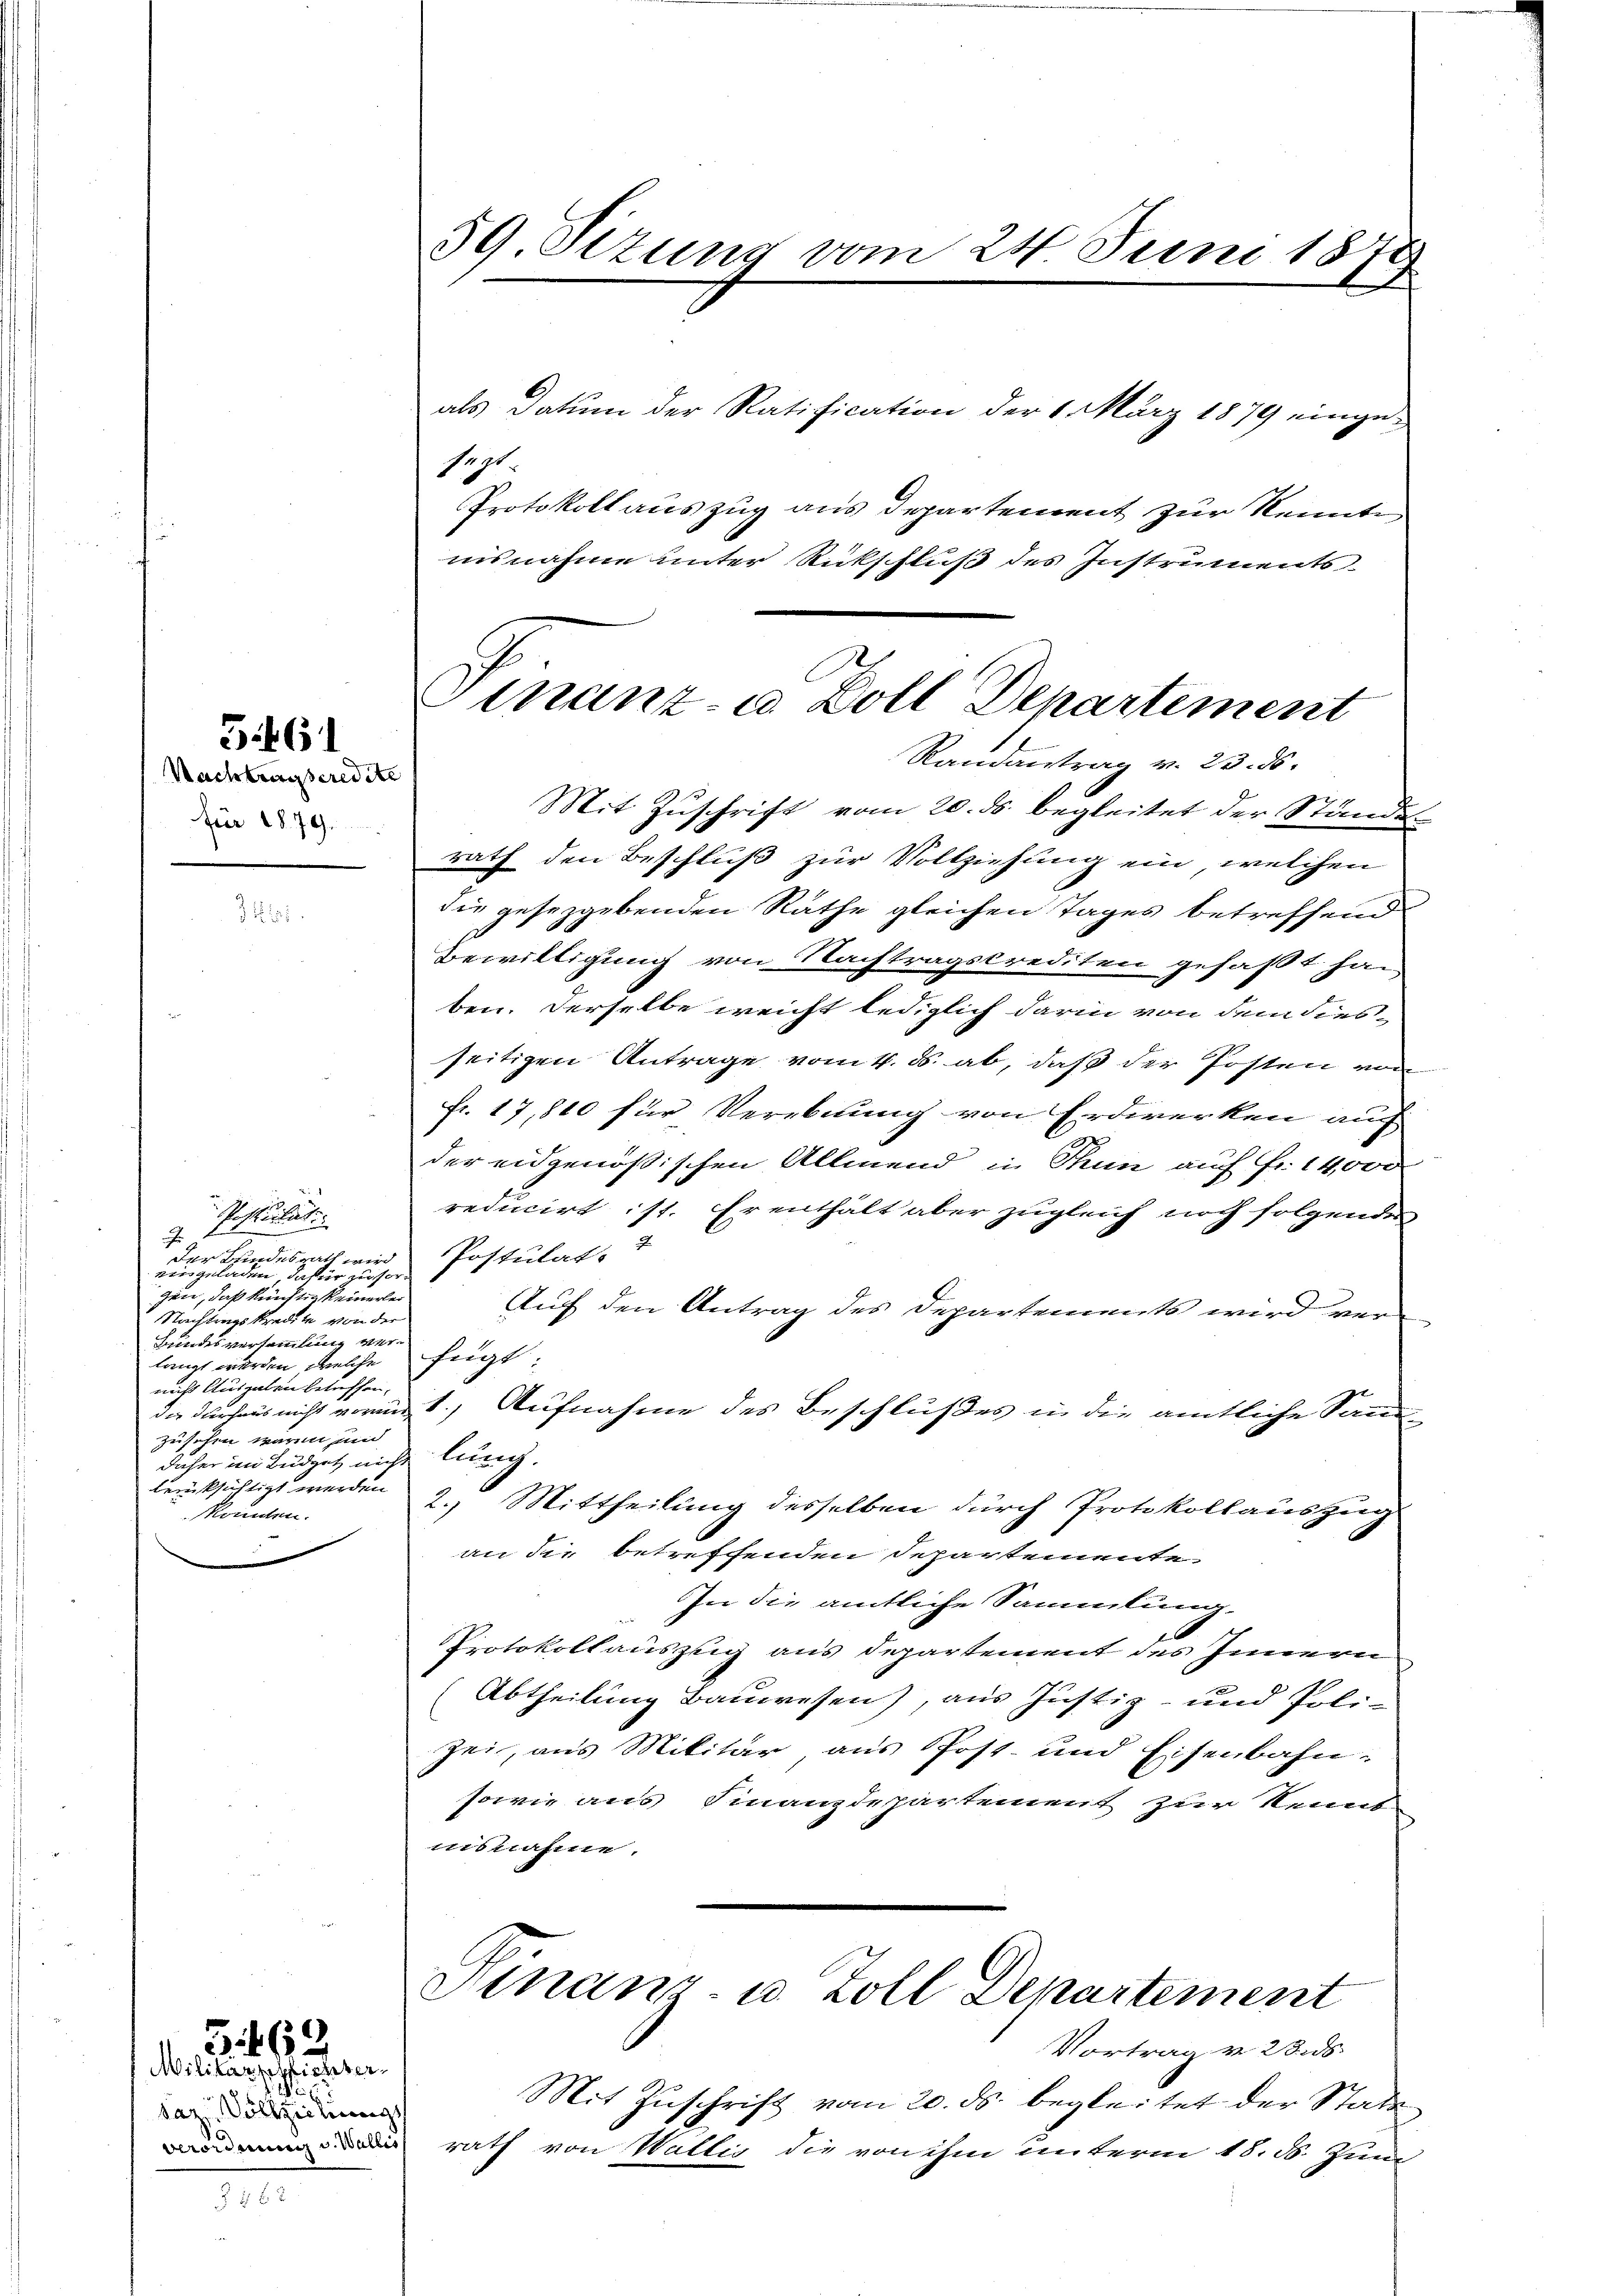
Nachtragseredite
für 1879.

Zif. 61

G. 462
Militärschlichter

Postulat
J
der Bindesrath wird Postulat
eingeladen, dafür zu sorzen, daß künftig keinerlei
Nachtungskredite von der
Bundesversammlung der
langt werden, welche
nicht Ausgaben betreffen.
zuschen waren und
daher im Büdget nicht lung.
berücksichtigt werden.
konnten.

saz Vollziehungs

59 Sizung vom 24. Juni 187
G

segt.
insnahme unter Rückschluß des Instruments
Mit Zuschrift vom 20. ds. begleitet der Ständen
rath den Beschluß zur Vollziehung ein, welchen
die gesetzgebenden Rathe gleichen Tages betreffend.
Bewilligung von Nachtragskrediten gefaßt han
ben. Derselbe weicht lediglich darin von dem diesseitigen Antrage vom 4. ds. ab, daß der Posten von
fr. 17,810 für Verebnung von Erdwerken auch
der eidgenößischen Allmend in Thun auch Fr. 14,000
reducirt ist. Er enthält aber zugleich noch folgenden
7
Auf den Antrag des Departements wird ver
fügt
da dichens nicht vormit Aufnahme des Beschlußes in die amtliche San
2.) Mittheilung desselben durch Protokollauszug
an die betreffenden Departemente¬
In die amtliche Sammlung.
Protokollauszeig aus Departement des Innern
Abtheilung Bauwesen), aus Justiz- und Poli-
zei, aus Militär, aus Post- und Eisenbahn-
sowie aus Finanzdepartement zur Kennt
nisnahme.
Stnanz- u. Zoll Departement
Vortrag v. 23 d
Mit Zuschrift vom 20. ds. begleitet der Statt¬
 rath von Wattig die von ihm unterm 18. d. Juni

Protokoll auszug aus Departement zur Kennte

Finanz- u Boll Departement
Randantrag v. 23. ds.

als Datum der Ratification der 1. März 1879 einge-